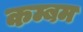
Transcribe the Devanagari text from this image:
कम्बम